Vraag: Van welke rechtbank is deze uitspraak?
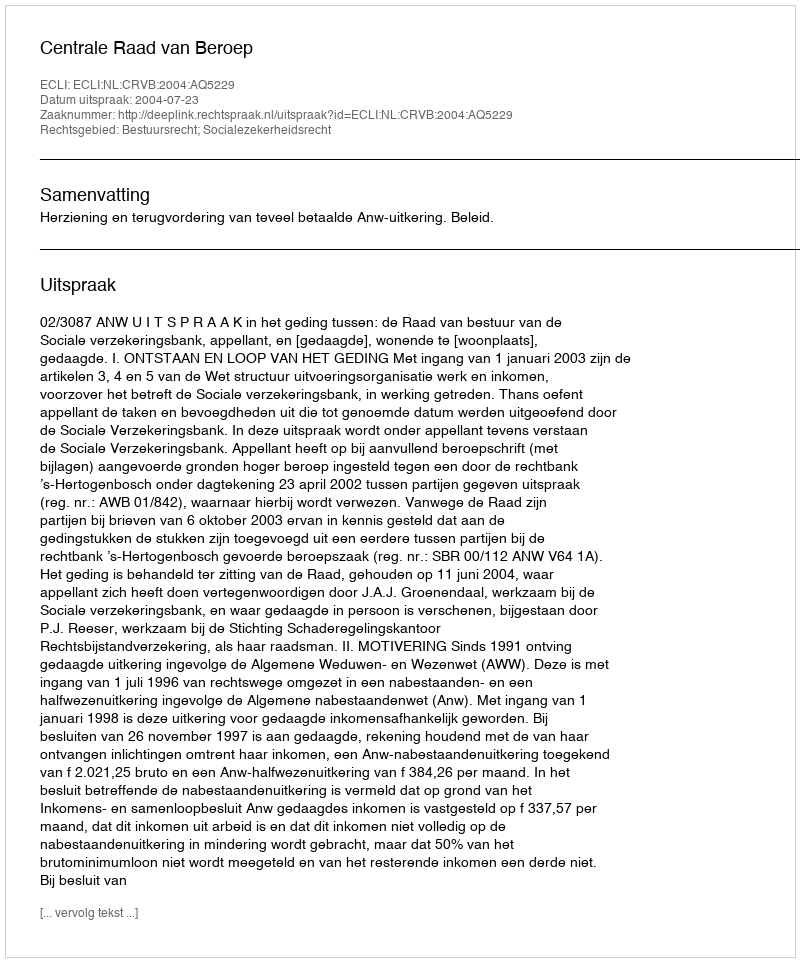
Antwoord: Centrale Raad van Beroep